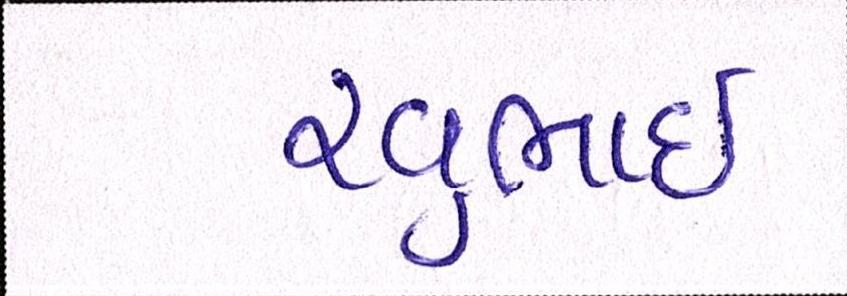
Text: રવુભાઇ